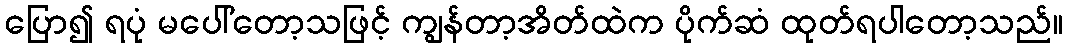
ပြော၍ ရပုံ မပေါ်တော့သဖြင့် ကျွန်တာ့အိတ်ထဲက ပိုက်ဆံ ထုတ်ရပါတော့သည်။